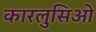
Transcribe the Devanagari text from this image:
कारलुसिओ